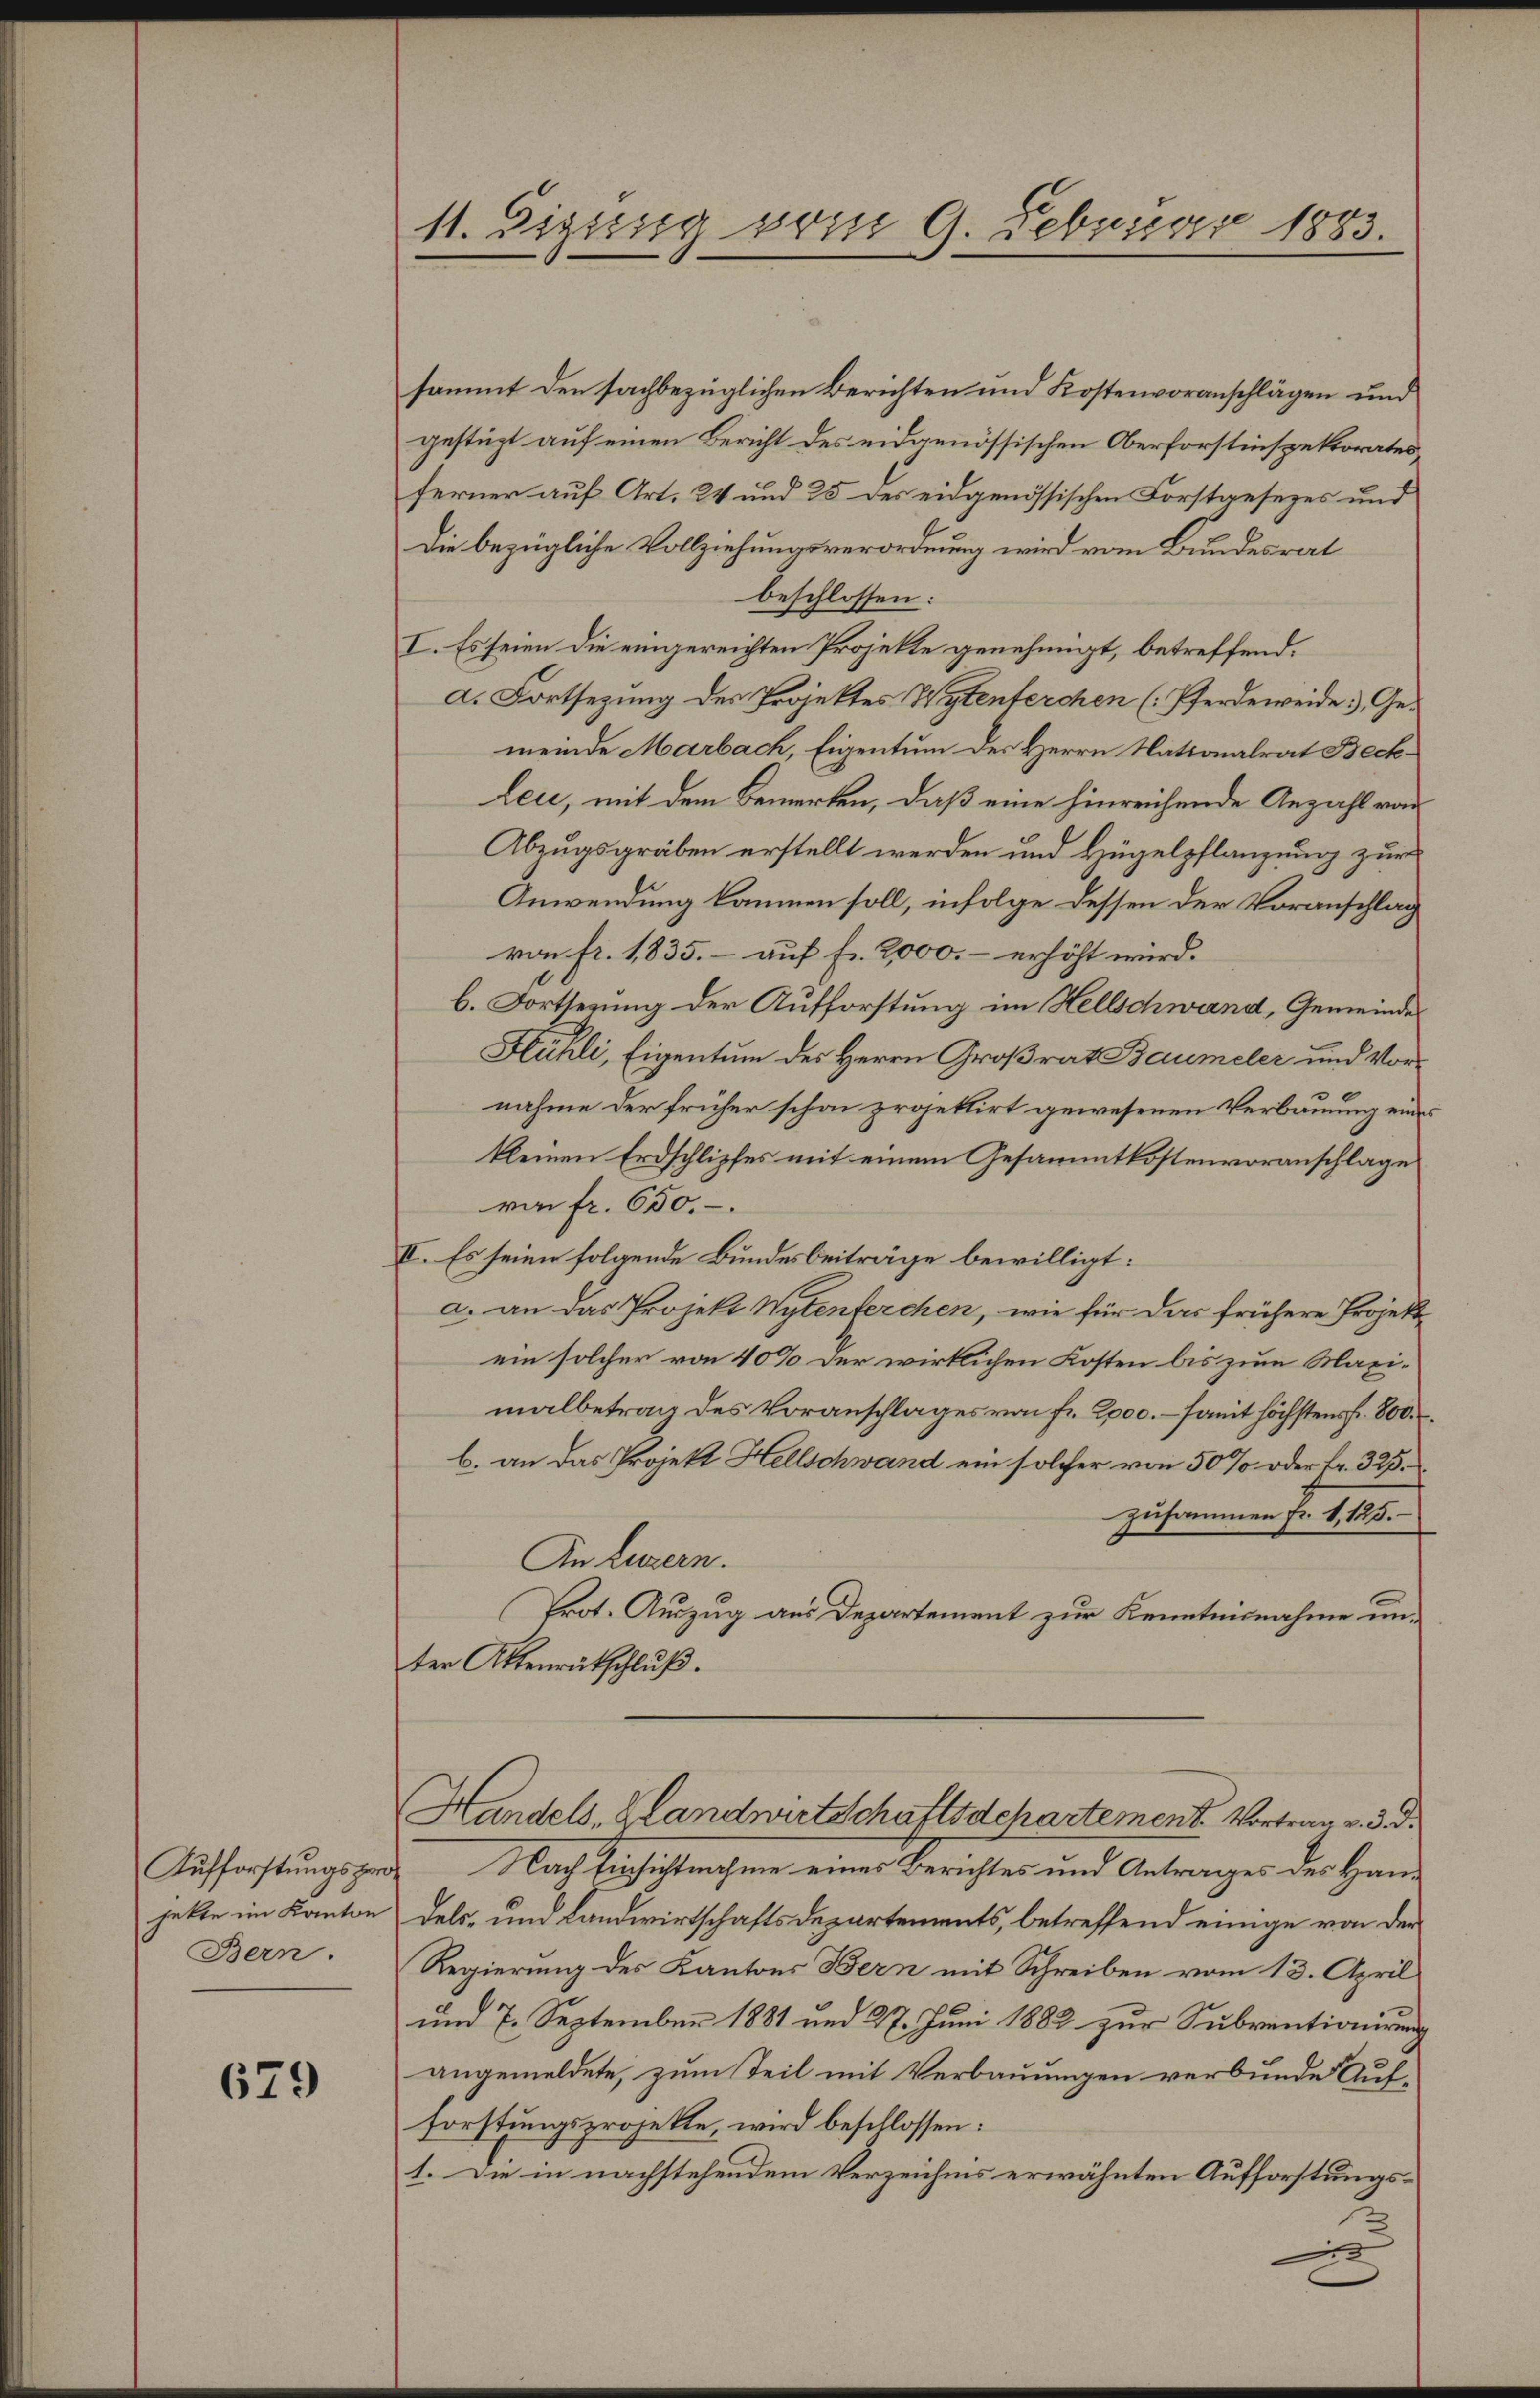
jekte im Kanton
Bern.

679

11. Sigung vom 9. Februar 1883.

sammt den sachbezüglichen Berichten und Kostenvoranschlägen und
gestüzt auf einen Bericht des eidgenössischen Oberforstinspektorates
ferner auf Art. 24 und 25 des eidgenössischen Forstgesezes und
.
Die bezügliche Vollziehungsverordnung wird vom Bundesrat
beschlossen:
I. Es seien die eingereichten Projekte genehmigt, betreffend.
a. Fortsezung des Projektes Wytenferchen (Pferde weide Gemeinde Marbach, Eigentum der Herrn Nationalrat Beck¬
Leu, mit dem Bemerken, daß eine hinreichende Anzahl von
Abzugsgräben erstellt werden und Hügelpflanzung zur
Anwendung kommen soll, infolge dessen der Voranschlag
von fr. 1835. – auf fr. 2000.- erhöht wird.
b. Fortsezung der Aufforstung im Hellschwand, Gemeinde
Hlühli, Eigentum des Herrn Großrat Baumeler und Vor-
nahme der früher schon projektirt gewesenen Verbauung eines
kleinen Erdschlipfes mit einem Gesammtkostenvoranschlage
ran fr. 650.
II. Es seien folgende Bundesbeiträge bewilligt:
a. an das Projekt Wylenferchen, wie für das frühere Projekein solcher von 40% der wirklichen Kosten bis zum Maximalbetrag des Voranschlages von fr. 2000. – somit höchstens Fr. 800.
b. an das Projekt Hellschwand ein solcher von 50 % oder Fr. 323.
zusammen Fr. 1, 125.
An Luzern.
Prot. Auszug aus Departement zur Kenntnisnahme unter Aktenrütschluß.
Handels, Handwirtschaftsdchartement. Vortrag v. d. d.
Aufforstungsze Nach Einsichtnahme eines Berichtes und Antrages des Handels- und Landwirtschaftsdepartements, betreffend einige von der
Regierung des Kantons Bern mit Schreiben vom 13. April
und 7. September 1881 und 27. Juni 1882 zur Subventionirung
angemeldete, zum Teil mit Verbauungen verbunde Aufforstungsprojekte, wird beschlossen:
1. Die in nachstehendem Verzeichnis erwähnten Aufforstungs¬